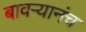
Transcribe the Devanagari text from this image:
बावऱ्यानंच